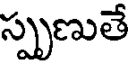
స్పృణుతే